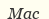
Мас